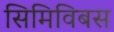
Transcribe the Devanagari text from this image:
सिमिविबस